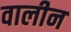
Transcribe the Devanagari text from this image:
वालीन